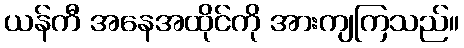
ယန်ကီ အနေအထိုင်ကို အားကျကြသည်။